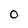
Character: 0